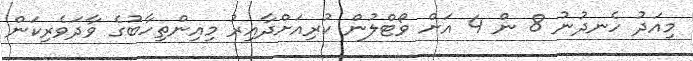
މިއަދު ހެނދުނު 8 ން 4 އަށް ވޯޓްލުން ކުރިއަށްދާއިރު މިއިންތިހާބުގެ ވާދަވެރިކަން